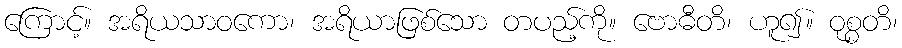
ကြောင့်။ အရိယသာဝကော၊ အရိယာဖြစ်သော တပည့်ကို။ ဗောဓီတိ၊ ဟူ၍။ ဝုစ္စတိ၊